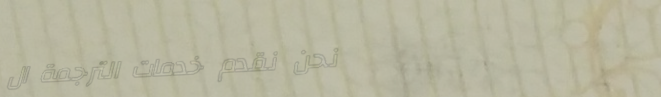
نحن نقدم خدمات الترجمة ال